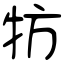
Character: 牥